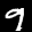
Label: 9